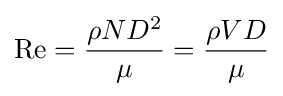
\mathrm {Re} ={\frac {\rho ND^{2}}{\mu }}={\frac {\rho VD}{\mu }}